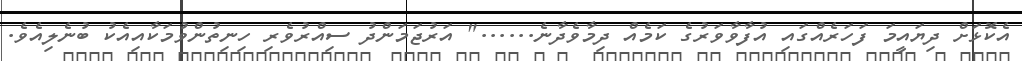
އެކޮޅަށް ދިޔައީމަ ފަހަރެއްގައި އުފާވާވަރުގެ ކަމެއް ދިމާވެދާނެ......" އަރުޖަމަންދު ސިއްރުވެރި ހިނިތުންވުމަކާއިއެކު ބުނެލިއެވެ.